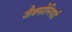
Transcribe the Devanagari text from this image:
जैक्सोनियाई